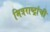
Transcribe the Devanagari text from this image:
मित्रराष्ट्रांची